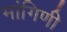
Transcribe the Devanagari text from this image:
मांगिणी